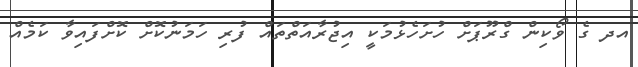
އދ ގެ ވޯކިން ގްރޫޕަށް ހުށަހެޅުމަކީ އިޖުރާއަތްތައް ފުރި ހަމަނުކޮށް ކޮށްފައިވާ ކަމެއް